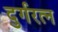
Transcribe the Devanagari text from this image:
दुर्गरत्‍न